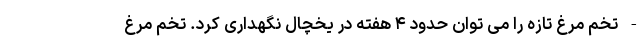
- تخم مرغ تازه را می توان حدود ۴ هفته در یخچال نگهداری کرد. تخم مرغ